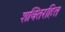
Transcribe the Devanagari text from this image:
शक्तिरहित